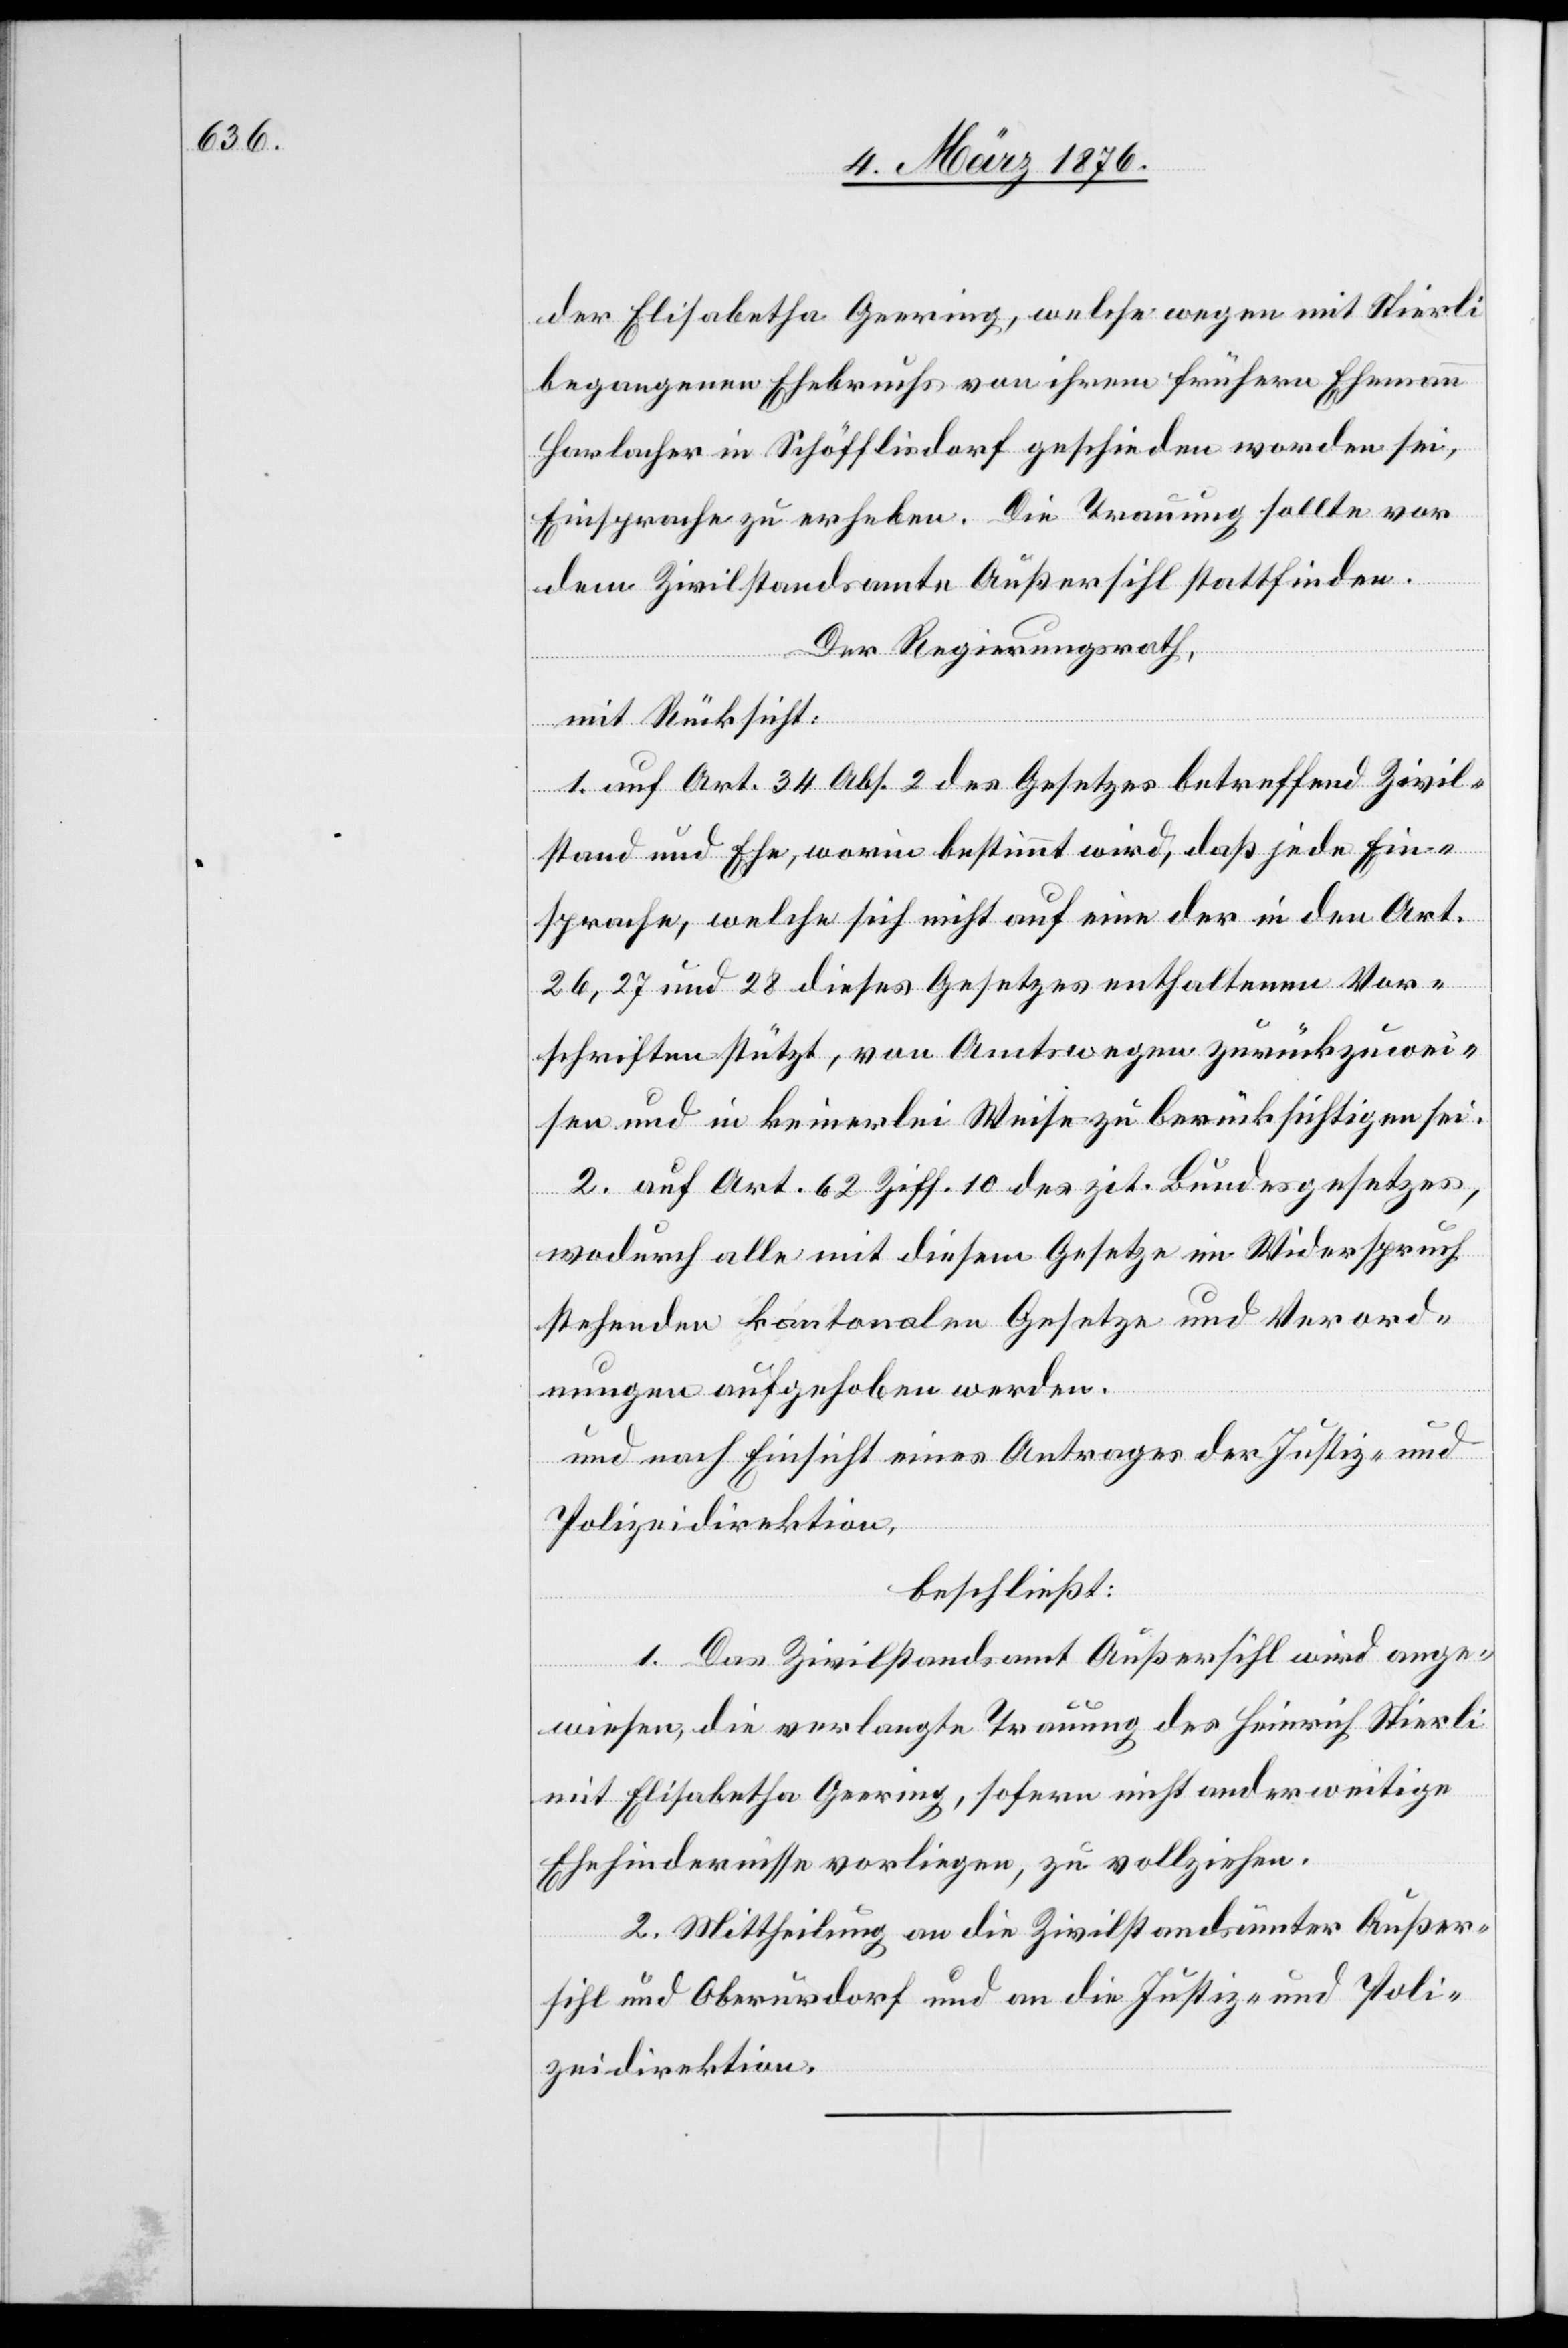
der Elisabetha Geering, welche wegen mit Stierli
begangenen Ehebruchs von ihrem frühern Ehemann
Harlacher in Schöfflisdorf geschieden worden sei,
Einsprache zu erheben. Die Trauung sollte vor
dem Zivilstandsamte Außersihl stattfinden.
Der Regierungsrath,
mit Rücksicht:
1. auf Art. 34 Abs. 2 des Gesetzes betreffend Zivil¬
stand und Ehe, worin bestimmt wird, daß jede Ein¬
sprache, welche sich nicht auf eine der in den Art.
26, 27 und 28 dieses Gesetzes enthaltenen Vor¬
schriften stützt, von Amtswegen zurückzuwei¬
sen und in keinerlei Weise zu berücksichtigen sei.
2. auf Art. 62 Ziff. 10 des zit. Bundesgesetzes,
wodurch alle mit diesem Gesetze in Widerspruch
stehenden kantonalen Gesetze und Verord¬
nungen aufgehoben werden.
und nach Einsicht eines Antrages der Justiz- und
Polizeidirektion,
beschließt:
1. Das Zivilstandsamt Außersihl wird ange¬
wiesen, die verlangte Trauung des Heinrich Stierli
mit Elisabetha Geering, sofern nicht anderweitige
Ehehindernisse vorliegen, zu vollziehen.
2. Mittheilung an die Zivilstandsämter Außer¬
sihl und Oberurdorf und an die Justiz- und Poli¬
zeidirektion.